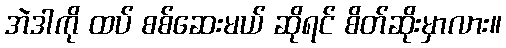
အဲဒါကို ထပ် စစ်ဆေးမယ် ဆိုရင် စိတ်ဆိုးမှာလား။